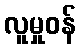
လူမှုဝန်